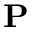
\mathbf { P }